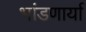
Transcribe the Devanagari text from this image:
भांडणार्या